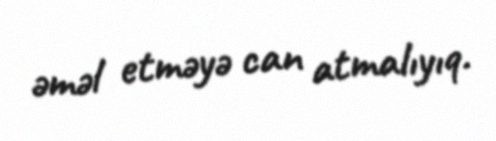
əməl etməyə can atmalıyıq.